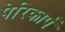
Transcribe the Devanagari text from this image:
पेरिकार्प